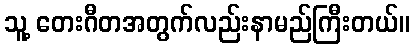
သူ့ တေးဂီတအတွက်လည်းနာမည်ကြီးတယ်။